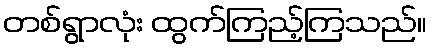
တစ်ရွာလုံး ထွက်ကြည့်ကြသည်။